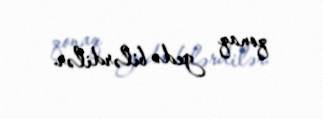
qonaq gedə bilərdilər.